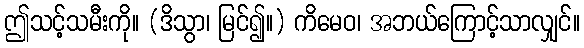
ဤသင့်သမီးကို။ (ဒိသွာ၊ မြင်၍။) ကိမေဝ၊ အဘယ်ကြောင့်သာလျှင်။